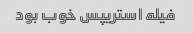
فیله استریپس خوب بود